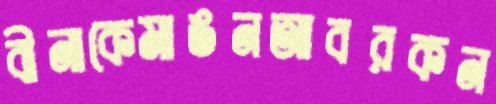
বীনাকেমাঙনআবরকন